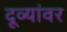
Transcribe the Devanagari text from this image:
दूव्यांवर